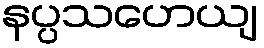
နပ္ပသဟေယျ